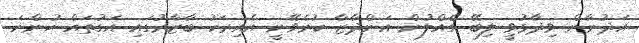
އަދުނާން ވިދާޅުވީ ލިބޭ ގެއްލުން އަންދާޒާ ކުރެވޭނީ އެއިރަކު ބާޒާރުގައި އަގުތައް ހުންނަ